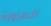
المزورة